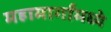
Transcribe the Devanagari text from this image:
महामार्गांमध्ये